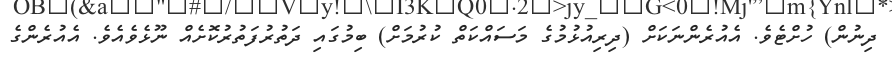
ދިނުން) ހުށްޓެވެ. އެއުރެންނަކަށް (ދިރިއުޅުމުގެ މަސައްކަތް ކުރުމަށް) ބިމުގައި ދަތުރުފަތުރުކޮށެއް ނޫޅެވެއެވެ. އެއުރެންގެ